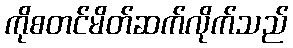
ကိုစတင်မိတ်ဆက်လိုက်သည်